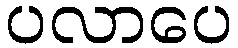
ပလာပေ